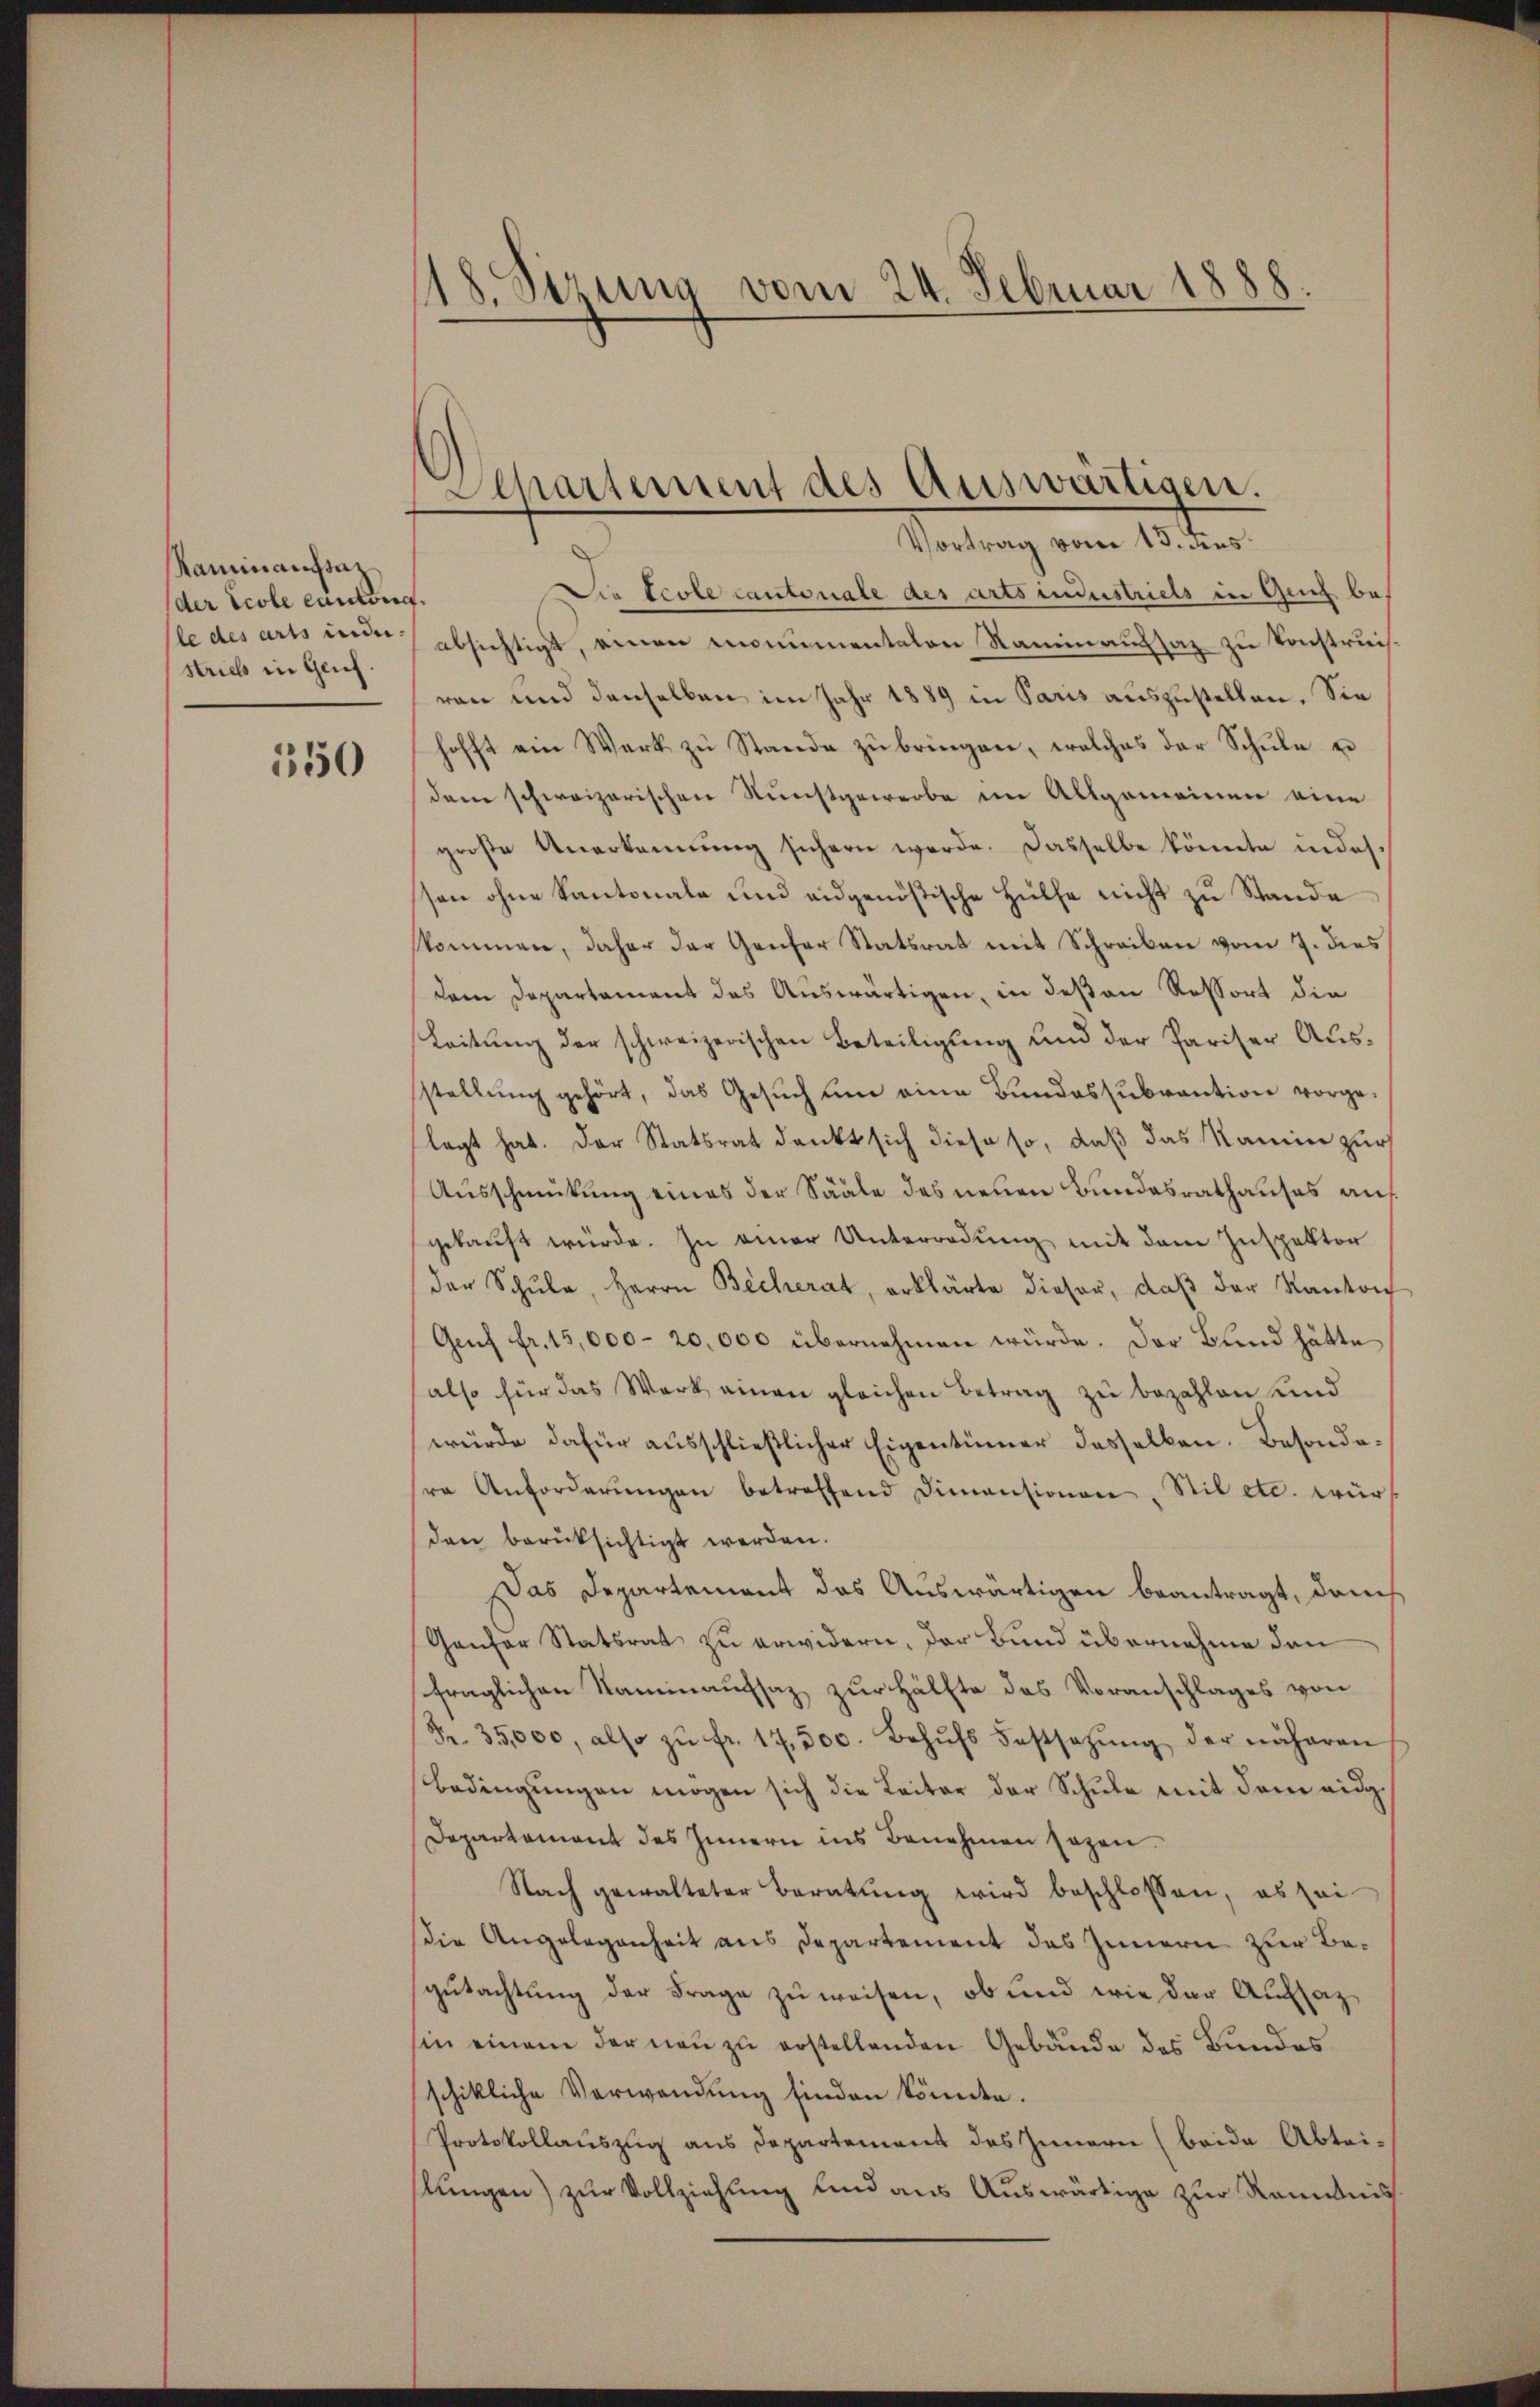
Raminansaz
der Ecole cantone
le des arts inde-
strieb in Glich.

350

118. Sirung vom 24. Februar 1888.

Separtement des Auswärtigen.
Vortrag vom 13. Fens

Die Ecole cantonale des arts industriels in Geich bef
absichtigt, einen monumentalen Naminaussaz zu Konstrei
ren und denselben im Jahr 1889 in Paris auszustellen. Sie
hofft ein Wart zŭ Stande zŭ bringen, welches der Schŭle u
dem schweizerischen Kunstgewerbe im Allgemeinen eine
große Anerkennung sichern werde. Dasselbe könnte indes.
son ohne Kantonale und eidgenößische Hülfe nicht zu Stande
skommen, daher der Genfer Statsrat mit Schreiben vom 7. dies
(dem Departament das Auswärtigen, in deßen Ressort die
Leitŭng der schweizerischen Beteiligung und der Pariser Ausstellŭng gehört, das Gesŭch ŭm eine Bŭndessubvention vorgeflegt hat. Der Statsrat dankt sich diese so, daß das Mamin zur
Ausschmutung eines der Sääle des neuen Bundesrathauses auf
gekauft würde. In einer Unterredung mit dem Inspektor
der Schŭle, Herrn Becherat, erklärte dieser, daβ der Kanton
Genf fr. 15,000-20,000 übernehmen würde. Der Bund hätte
also für das Werk einen gleichen Betrag zu bezahlen und
würde dafür ausschließlicher Eigentümer dasselben. Besondere Anforderŭngen betreffend Dimensionen, Stil etc. würf
den berüksichtigt werden.
Das Departement das Auswärtigen beantragt, danch
Ganfer Statsrat zu erwidern, der Bund übernahme den
fraglichen Naminaussaz zur Hälfte das Voranschlages von
Fr. 35,000, also zŭ fr. 17,500. Behŭfs Festsetzŭng der näheren
Bedingungen mögen sich die Leiter der Schule mit dem eidg¬
Departement des Innern ins Benehmen sogen.
Nach gewalteter Beratŭng wird beschlossen, es sei
die Angelegenheit aus Departement des Innern zur Begutachtung der Frage zu weisen, ob und wie der Aufsazhin einem der neu zu erstellenden Gebäude des Bundes
schikliche Verwendung finden könnte.
Protokollauszug aus Departement des Innern (beide Abtei-
slungen) zur Vollziehung und aus Auswärtige zur Renntniss